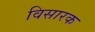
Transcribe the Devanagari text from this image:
विसारक